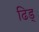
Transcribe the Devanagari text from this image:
ढिड्